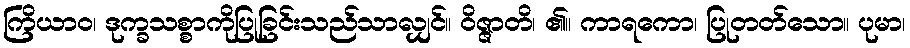
ကြိယာဝ၊ ဒုက္ခသစ္စာကိုပြုခြင်းသည်သာလျှင်။ ဝိဇ္ဇာတိ၊ ၏။ ကာရကော၊ ပြုတတ်သော။ ပုမာ၊